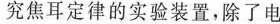
究焦耳定律的实验装置，除了电